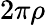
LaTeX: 2\pi\rho